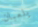
يلعبان